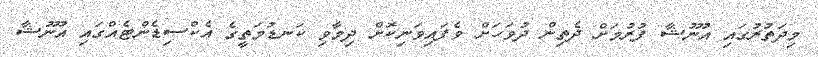
މިދަތުރުގައި އުނޫޝާ ފުރުމަށް ދެތިން ދުވަހަށް ވެފައިވަނިކޮށް ދިމާވި ކަނޑުމަތީގެ އެކްސިޑެންޓެއްގައި އުނޫޝާ